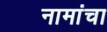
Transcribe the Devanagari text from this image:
नामांचा